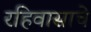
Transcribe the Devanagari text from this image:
रहिवासाचे